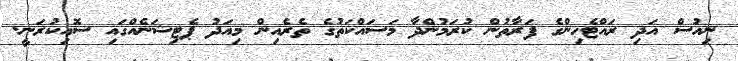
ނިއުސް އަދި ރައްޓެހިންގެ ފަރާތުން ކުރަމުންދާ މަސައްކަތުގެ ތެރެއިން މިއަދު ޕެޓިޝަނެއްގައި ސޮއިކުރަނީ.